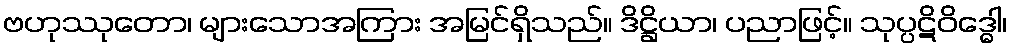
ဗဟုဿုတော၊ များသောအကြား အမြင်ရှိသည်။ ဒိဋ္ဌိယာ၊ ပညာဖြင့်။ သုပ္ပဋိဝိဒ္ဓေါ၊